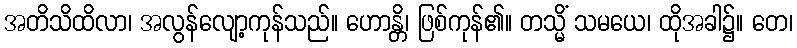
အတိသိထိလာ၊ အလွန်လျော့ကုန်သည်။ ဟောန္တိ၊ ဖြစ်ကုန်၏။ တသ္မိံ သမယေ၊ ထိုအခါ၌။ တေ၊